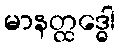
မာနတ္ထဒ္ဓေါ